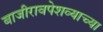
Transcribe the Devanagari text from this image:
बाजीरावपेशव्याच्या